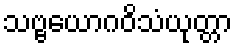
သဗ္ဗယောဂဝိသံယုတ္တာ